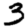
Digit: 3